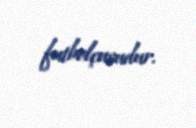
futbolçusudur.